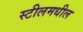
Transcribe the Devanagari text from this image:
स्टीलमधील